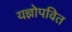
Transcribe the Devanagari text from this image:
यज्ञोपवित